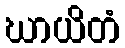
ဃာယိတံ